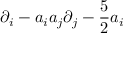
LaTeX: \partial _ { i } - a _ { i } a _ { j } \partial _ { j } - { \frac { 5 } { 2 } } a _ { i }